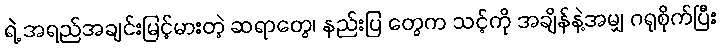
ရဲ့ အရည်အချင်းမြင့်မားတဲ့ ဆရာတွေ၊ နည်းပြ တွေက သင့်ကို အချိန်နဲ့အမျှ ဂရုစိုက်ပြီး